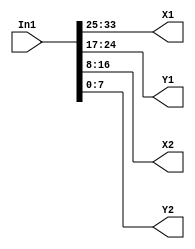
// -------------------------------------------------------------
// 
// 
// Generated by MATLAB 9.13 and HDL Coder 4.0
// 
// -------------------------------------------------------------


// -------------------------------------------------------------
// 
// Module: splitBBoxNEW
// Source Path: BlobAnalysisHDL/BlobDetector/CCA_Algorithm/cca/bbox_store/resolve/splitBBoxNEW
// Hierarchy Level: 5
// 
// -------------------------------------------------------------

`timescale 1 ns / 1 ns

module splitBBoxNEW
          (In1,
           X1,
           Y1,
           X2,
           Y2);


  input   [33:0] In1;  // ufix34
  output  [8:0] X1;  // ufix9
  output  [7:0] Y1;  // uint8
  output  [8:0] X2;  // ufix9
  output  [7:0] Y2;  // uint8




  assign X1 = In1[33:25];



  assign Y1 = In1[24:17];



  assign X2 = In1[16:8];



  assign Y2 = In1[7:0];



endmodule  // splitBBoxNEW